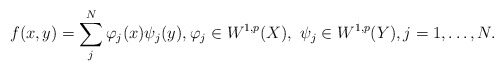
\begin{align*}f(x,y)=\sum_j^N\varphi_j(x)\psi_j(y),\varphi_j\in W^{1,p}(X),\ \psi_j\in W^{1,p}(Y),j=1,\ldots,N.\end{align*}